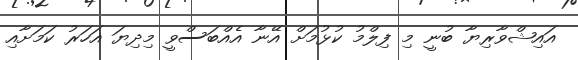
އައިޝްވާރިޔާ ބުނީ މި ފިލްމު ކުޅުމަށް އޭނާ އެއްބަސްވީ މިދިޔަ އަހަރު ކަމަށާއި